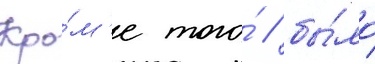
Кро́м'е того́ / бы́ло